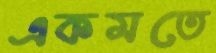
একমতে